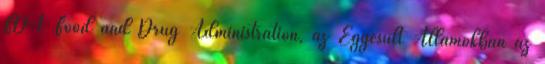
FDA Food and Drug Administration, az Egyesült Államokban az